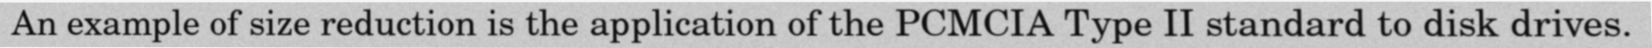
An example of size reduction is the application of the PCMCIA Type II standard to disk drives.